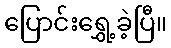
ပြောင်းရွှေ့ခဲ့ပြီ။